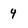
Character: 4